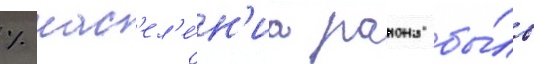
% нас'ел'е́н'иа раиона бы́ло